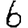
Digit: 6